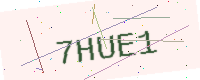
Text: 7HUE1